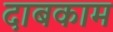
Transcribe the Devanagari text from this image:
दाबकाम